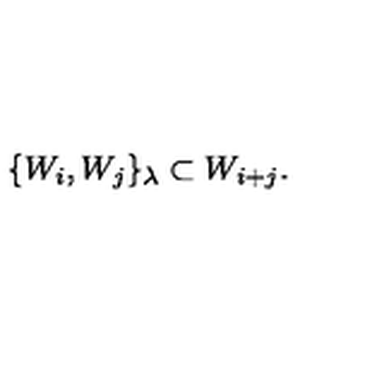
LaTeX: \{ W _ { i } , W _ { j } \} _ { \lambda } \subset W _ { i + j } .